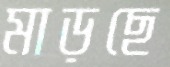
মাড়ছে